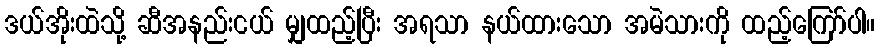
ဒယ်အိုးထဲသို့ ဆီအနည်းငယ် မျှထည့်ပြီး အရသာ နယ်ထားသော အမဲသားကို ထည့်ကြော်ပါ။